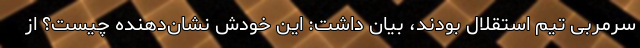
سرمربی تیم استقلال بودند، بیان داشت: این خودش نشان‌دهنده چیست؟ از